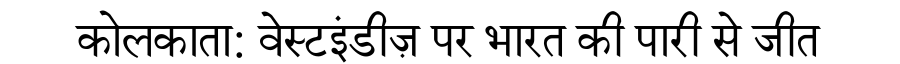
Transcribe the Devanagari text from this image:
कोलकाता: वेस्टइंडीज़ पर भारत की पारी से जीत